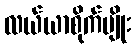
လယ်ယာစိုက်ပျိုး